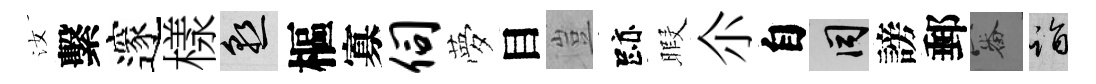
汝繫邃樣熟樞寡伺夢目豈跡暇尒自间謗郵審诣